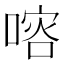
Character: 𠺀